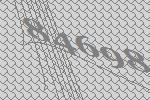
84698